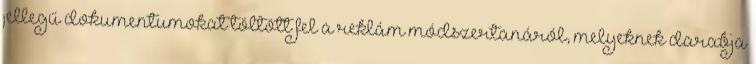
jellegű dokumentumokat töltött fel a reklám módszertanáról, melyeknek darabja